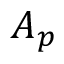
A _ { p }